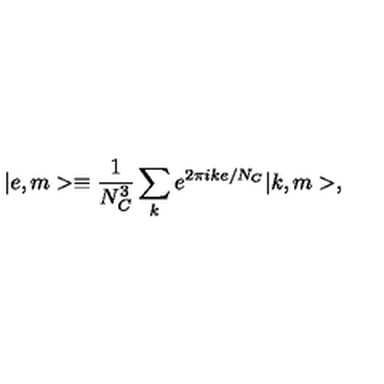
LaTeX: | e , m > \equiv \frac { 1 } { N _ { C } ^ { 3 } } \sum _ { k } e ^ { 2 \pi i k e / N _ { C } } | k , m > ,